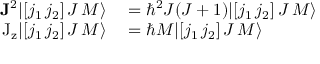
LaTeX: \begin{array} { r l } { \mathbf { J } ^ { 2 } | [ j _ { 1 } \, j _ { 2 } ] \, J \, M \rangle } & { { } = \hbar ^ { 2 } J ( J + 1 ) | [ j _ { 1 } \, j _ { 2 } ] \, J \, M \rangle } \\ { \mathrm { J _ { z } } | [ j _ { 1 } \, j _ { 2 } ] \, J \, M \rangle } & { { } = \hbar M | [ j _ { 1 } \, j _ { 2 } ] \, J \, M \rangle } \end{array}